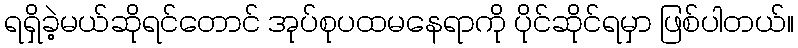
ရရှိခဲ့မယ်ဆိုရင်တောင် အုပ်စုပထမနေရာကို ပိုင်ဆိုင်ရမှာ ဖြစ်ပါတယ်။